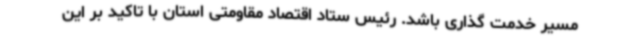
مسیر خدمت گذاری باشد. رئیس ستاد اقتصاد مقاومتی استان با تاکید بر این